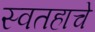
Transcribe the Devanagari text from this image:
स्वतहाचे